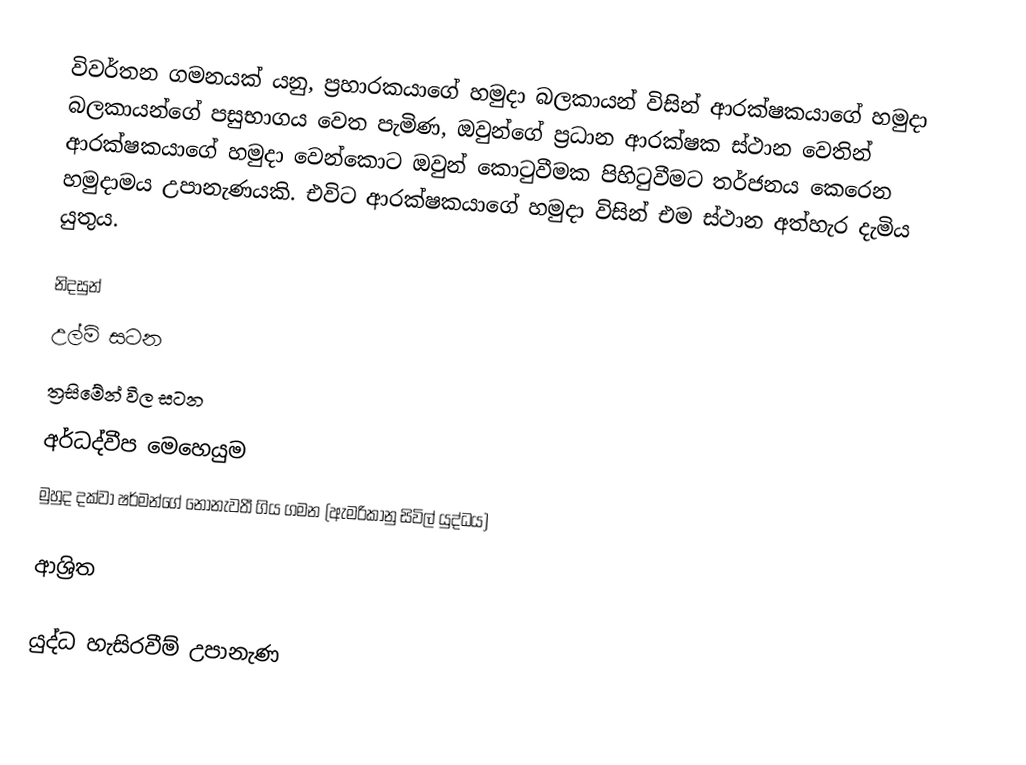
විවර්තන ගමනයක් යනු, ප්‍රහාරකයාගේ හමුදා බලකායන් විසින් ආරක්ෂකයාගේ හමුදා බලකායන්ගේ පසුභාගය වෙත පැමිණ,   ඔවුන්ගේ ප්‍රධාන ආරක්ෂක ස්ථාන වෙතින් ආරක්ෂකයාගේ හමුදා වෙන්කොට ඔවුන් කොටුවීමක පිහිටුවීමට තර්ජනය කෙරෙන හමුදාමය උපානැණයකි.  එවිට ආරක්ෂකයාගේ හමුදා විසින් එම ස්ථාන අත්හැර දැමිය යුතුය.

නිදසුන්
 උල්ම් සටන
ත්‍රසිමේන් විල සටන
අර්ධද්වීප මෙහෙයුම
මුහුද දක්වා ෂර්මන්ගේ නොනැවතී ගිය ගමන (ඇමරිකානු සිවිල් යුද්ධය)

ආශ්‍රිත

යුද්ධ හැසිරවීම්  උපානැණ